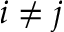
i \neq j